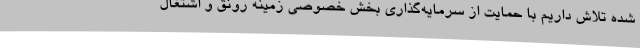
شده تلاش داریم با حمایت از سرمایه‌گذاری بخش خصوصی زمینه رونق و اشتغال